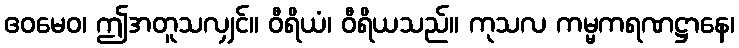
ဧဝမေဝ၊ ဤအတူသလျှင်။ ဝီရိယံ၊ ဝီရိယသည်။ ကုသလ ကမ္မကရဏဋ္ဌာနေ၊